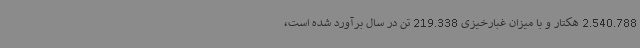
2.540.788 هکتار و با میزان غبارخیزی 219.338 تن در سال برآورد شده است،